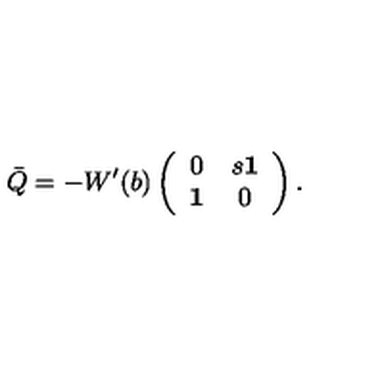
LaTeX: \bar { Q } = - W ^ { \prime } ( b ) \left( \begin{array} { c c } { 0 } & { s { \bf 1 } } \\ { { \bf 1 } } & { 0 } \\ \end{array} \right) .